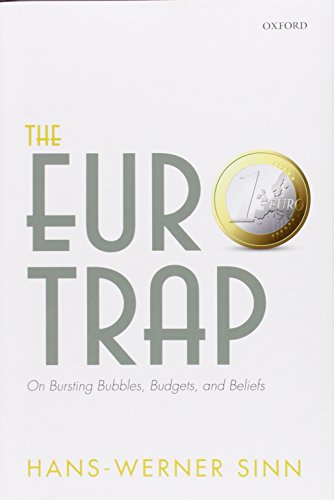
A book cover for The Euro Trap: On Bursting Bubbles, Budgets, and Beliefs; Hans-Werner Sinn; Business & Money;